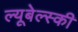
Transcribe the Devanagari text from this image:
ल्यूबेल्स्की